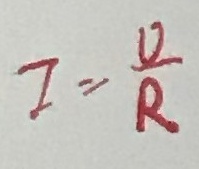
I = \frac { v } { R }